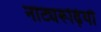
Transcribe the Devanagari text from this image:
नाट्यरूढ़ियाँ